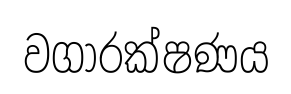
වගාරක්ෂණය